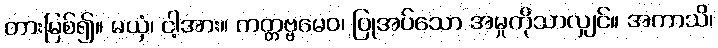
တားမြစ်၍။ မယှံ၊ ငါ့အား။ ကတ္တဗ္ဗမေဝ၊ ပြုအပ်သော အမှုကိုသာလျှင်။ အကာသိ၊